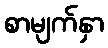
စာမျက်နှာ